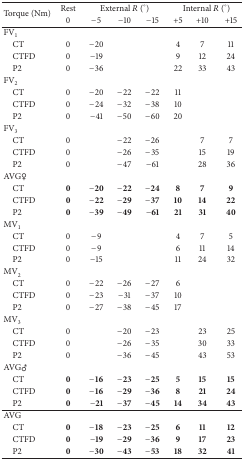
<table><thead><tr><td rowspan="2"><b>Torque (Nm)</b></td><td><b>Rest</b></td><td colspan="3"><b>External <i>R</i> (°)</b></td><td colspan="3"><b>Internal <i>R</i> (°)</b></td></tr><tr><td><b>0 </b></td><td><b>−5</b></td><td><b>−10</b></td><td><b>−15</b></td><td><b>+5</b></td><td><b>+10</b></td><td><b>+15</b></td></tr></thead><tbody><tr><td>FV<sub>1</sub></td><td> </td><td> </td><td> </td><td> </td><td> </td><td> </td><td> </td></tr><tr><td> CT</td><td>0</td><td>−20</td><td> </td><td> </td><td>4</td><td>7</td><td>11</td></tr><tr><td> CTFD</td><td>0</td><td>−19</td><td> </td><td> </td><td>9</td><td>12</td><td>24</td></tr><tr><td> P2</td><td>0</td><td>−36</td><td> </td><td> </td><td>22</td><td>33</td><td>43</td></tr><tr><td>FV<sub>2</sub></td><td> </td><td> </td><td> </td><td> </td><td> </td><td> </td><td> </td></tr><tr><td> CT</td><td>0</td><td>−20</td><td>−22</td><td>−22</td><td>11</td><td> </td><td> </td></tr><tr><td> CTFD</td><td>0</td><td>−24</td><td>−32</td><td>−38</td><td>10</td><td> </td><td> </td></tr><tr><td> P2</td><td>0</td><td>−41</td><td>−50</td><td>−60</td><td>20</td><td> </td><td> </td></tr><tr><td>FV<sub>3</sub></td><td> </td><td> </td><td> </td><td> </td><td> </td><td> </td><td> </td></tr><tr><td> CT</td><td>0</td><td> </td><td>−22</td><td>−26</td><td> </td><td>7</td><td>7</td></tr><tr><td> CTFD</td><td>0</td><td> </td><td>−26</td><td>−35</td><td> </td><td>15</td><td>19</td></tr><tr><td> P2</td><td>0</td><td> </td><td>−47</td><td>−61</td><td> </td><td>28</td><td>36</td></tr><tr><td>AVG♀</td><td> </td><td> </td><td> </td><td> </td><td> </td><td> </td><td> </td></tr><tr><td> CT</td><td><b>0</b></td><td><b>−20</b></td><td><b>−22</b></td><td><b>−24</b></td><td><b>8</b></td><td><b>7</b></td><td><b>9</b></td></tr><tr><td> CTFD</td><td><b>0</b></td><td><b>−22</b></td><td><b>−29</b></td><td><b>−37</b></td><td><b>10</b></td><td><b>14</b></td><td><b>22</b></td></tr><tr><td> P2</td><td><b>0</b></td><td><b>−39</b></td><td><b>−49</b></td><td><b>−61</b></td><td><b>21</b></td><td><b>31</b></td><td><b>40</b></td></tr><tr><td>MV<sub>1</sub></td><td> </td><td> </td><td> </td><td> </td><td> </td><td> </td><td> </td></tr><tr><td> CT</td><td>0</td><td>−9</td><td> </td><td> </td><td>4</td><td>7</td><td>5</td></tr><tr><td> CTFD</td><td>0</td><td>−9</td><td> </td><td> </td><td>6</td><td>11</td><td>14</td></tr><tr><td> P2</td><td>0</td><td>−15</td><td> </td><td> </td><td>11</td><td>24</td><td>32</td></tr><tr><td>MV<sub>2</sub></td><td> </td><td> </td><td> </td><td> </td><td> </td><td> </td><td> </td></tr><tr><td> CT</td><td>0</td><td>−22</td><td>−26</td><td>−27</td><td>6</td><td> </td><td> </td></tr><tr><td> CTFD</td><td>0</td><td>−23</td><td>−31</td><td>−37</td><td>10</td><td> </td><td> </td></tr><tr><td> P2</td><td>0</td><td>−27</td><td>−38</td><td>−45</td><td>17</td><td> </td><td> </td></tr><tr><td>MV<sub>3</sub></td><td> </td><td> </td><td> </td><td> </td><td> </td><td> </td><td> </td></tr><tr><td> CT</td><td>0</td><td> </td><td>−20</td><td>−23</td><td> </td><td>23</td><td>25</td></tr><tr><td> CTFD</td><td>0</td><td> </td><td>−26</td><td>−35</td><td> </td><td>30</td><td>33</td></tr><tr><td> P2</td><td>0</td><td> </td><td>−36</td><td>−45</td><td> </td><td>43</td><td>53</td></tr><tr><td>AVG♂</td><td> </td><td> </td><td> </td><td> </td><td> </td><td> </td><td> </td></tr><tr><td> CT</td><td><b>0</b></td><td><b>−16</b></td><td><b>−23</b></td><td><b>−25</b></td><td><b>5</b></td><td><b>15</b></td><td><b>15</b></td></tr><tr><td> CTFD</td><td><b>0</b></td><td><b>−16</b></td><td><b>−29</b></td><td><b>−36</b></td><td><b>8</b></td><td><b>21</b></td><td><b>24</b></td></tr><tr><td> P2</td><td><b>0</b></td><td><b>−21</b></td><td><b>−37</b></td><td><b>−45</b></td><td><b>14</b></td><td><b>34</b></td><td><b>43</b></td></tr><tr><td>AVG</td><td> </td><td> </td><td> </td><td> </td><td> </td><td> </td><td> </td></tr><tr><td> CT</td><td><b>0</b></td><td><b>−18</b></td><td><b>−23</b></td><td><b>−25</b></td><td><b>6</b></td><td><b>11</b></td><td><b>12</b></td></tr><tr><td> CTFD</td><td><b>0</b></td><td><b>−19</b></td><td><b>−29</b></td><td><b>−36</b></td><td><b>9</b></td><td><b>17</b></td><td><b>23</b></td></tr><tr><td> P2</td><td><b>0</b></td><td><b>−30</b></td><td><b>−43</b></td><td><b>−53</b></td><td><b>18</b></td><td><b>32</b></td><td><b>41</b></td></tr></tbody></table>